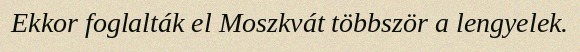
Ekkor foglalták el Moszkvát többször a lengyelek.